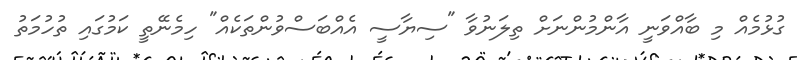
ގުޅުމެއް މި ބާއްވަނީ އާންމުންނަށް ތިލަނުވާ "ސިޔާސީ އެއްބަސްވުންތަކެއް" ހިމެނޭތީ ކަމުގައި ތުހުމަތު